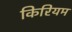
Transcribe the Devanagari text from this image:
किरियम